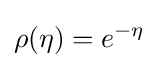
\rho (\eta )=e^{-\eta }